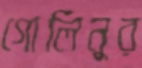
গোলিনুর